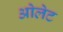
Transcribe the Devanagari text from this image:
ओलेट